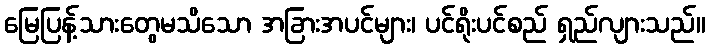
မြေပြန့်သားတွေမသိသော အခြားအပင်များ၊ ပင်ရိုးပင်စည် ရှည်လျားသည်။